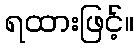
ရထားဖြင့်။